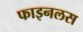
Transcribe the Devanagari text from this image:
फाइनलस